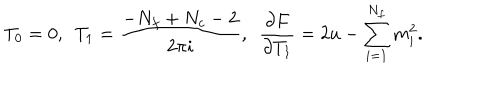
T _ { 0 } = 0 , \ \ T _ { 1 } = \frac { - N _ { f } + N _ { c } - 2 } { 2 \pi i } , \ \ \frac { \partial F } { \partial T _ { 1 } } = 2 u - \sum _ { i = 1 } ^ { N _ { f } } m _ { i } ^ { 2 } .